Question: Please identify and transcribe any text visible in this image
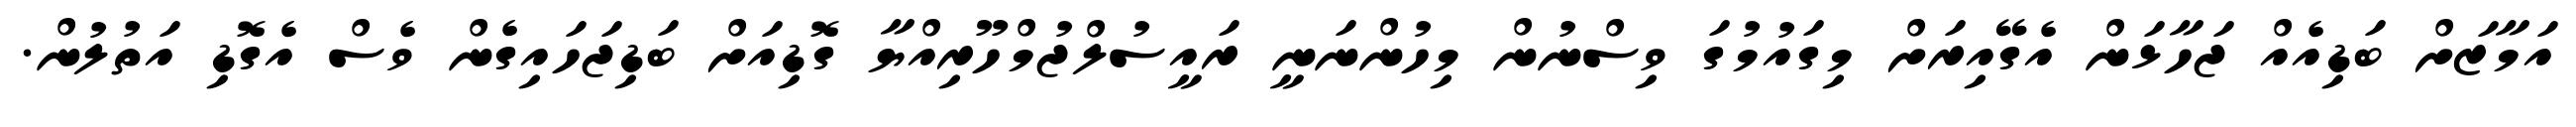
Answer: އަމާޒަށް ބަޑިއެއް ޖަހާޅަން އެގޭއިރަށް މިގައުމުގަ ވިސްނުން މިހުންނަނީ ރައީސުލްޖުމްހޫރިއްޔާ ގޮޑިއަށް ބަޑިޖަހައިގެން ވެސް އެގޮޑި އަތުލުން.